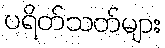
ပရိတ်သတ်များ